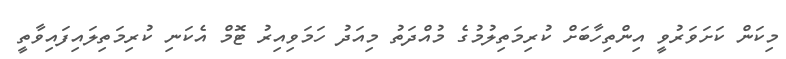
މިކަން ކަށަވަރުވީ އިންތިހާބަށް ކުރިމަތިލުމުގެ މުއްދަތު މިއަދު ހަމަވިއިރު ޓޮމް އެކަނި ކުރިމަތިލައިފައިވާތީ